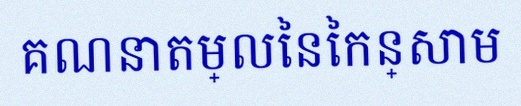
គណនាតម្លៃនៃកន្សោម